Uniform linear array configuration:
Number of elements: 16
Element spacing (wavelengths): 0.25
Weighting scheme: cosine
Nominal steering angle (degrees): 60
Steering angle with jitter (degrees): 59.634
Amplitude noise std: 0.05
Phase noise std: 0.05

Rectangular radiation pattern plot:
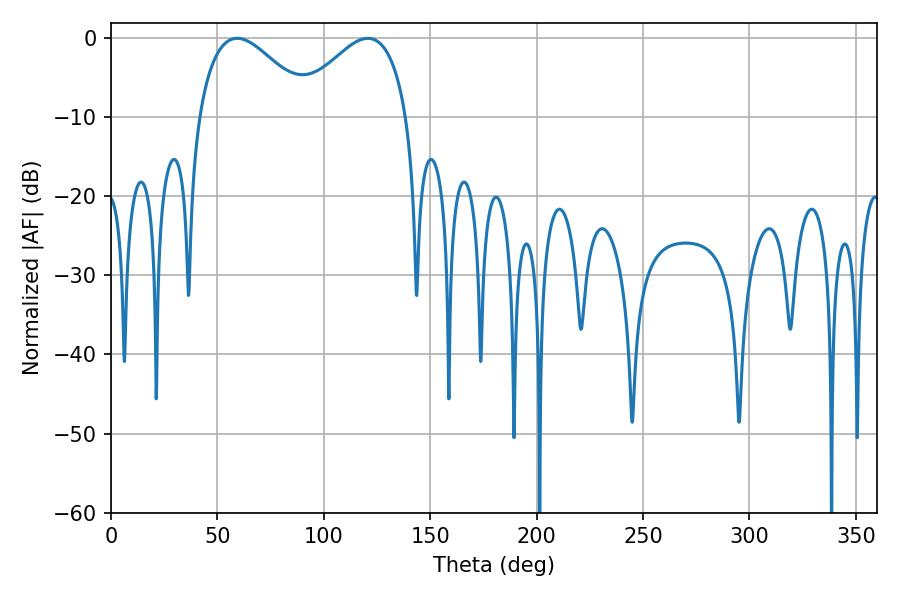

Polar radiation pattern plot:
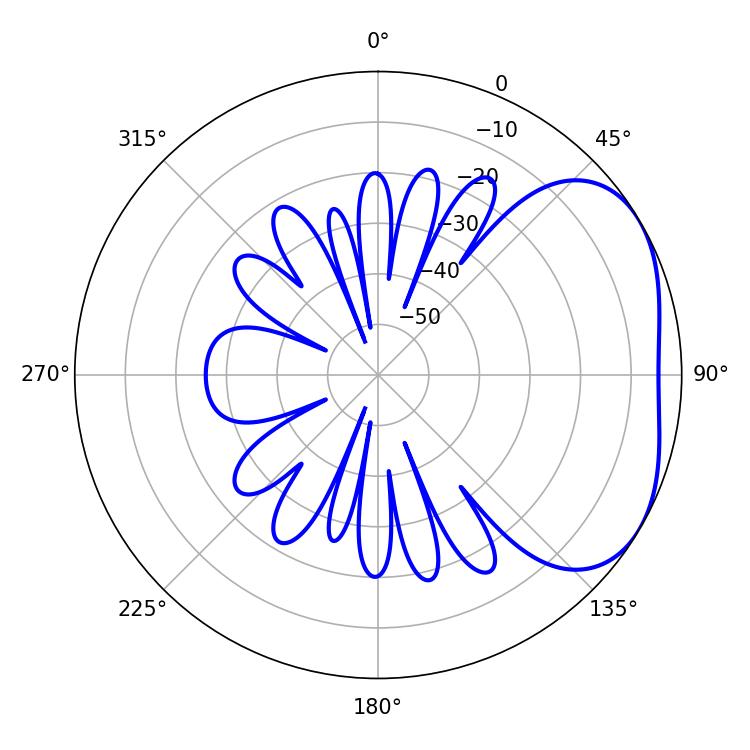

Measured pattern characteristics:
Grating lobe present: FALSE
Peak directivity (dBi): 3.31
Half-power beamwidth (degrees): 28.8
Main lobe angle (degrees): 59.22